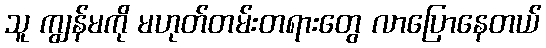
သူ ကျွန်မကို မဟုတ်တမ်းတရားတွေ လာပြောနေတယ်